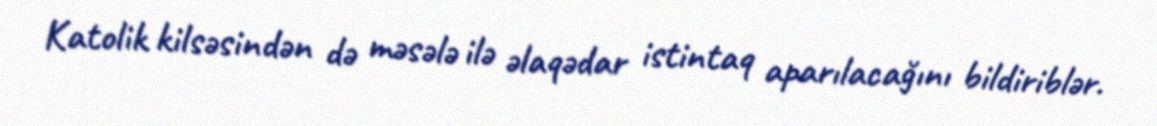
Katolik kilsəsindən də məsələ ilə əlaqədar istintaq aparılacağını bildiriblər.